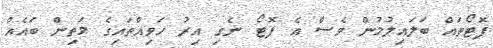
ފޮޓޯތައް ބަލައިލުމުން ވެސް އެ ފޮޓޯ ނެގި އިރު ހަވިއްތައިގެ މަތިން ބައެއް